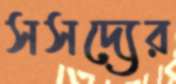
সসদ্যের